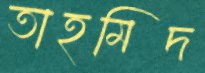
তাহমিদ